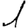
Digit: 1